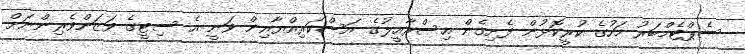
ސެޕްޓެމްބަރު މަހުގެ ކުރީކޮޅުން ފެށިގެން އިސްރާއީލުގެ އަސްކަރިއްޔާއިން ވަނީ އެ ސިޓީގެ ވަޒަންވެރިންނަށް